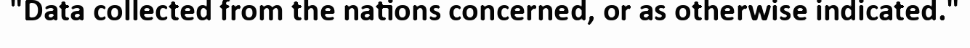
"Data collected from the nations concerned, or as otherwise indicated."